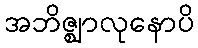
အဘိဇ္ဈာလုနောပိ